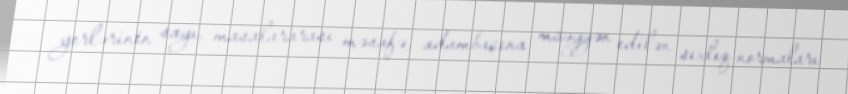
yerlərinin sayı, masalararası məsafə, adambaşına müəyyən edilən sıxlıq normaları